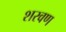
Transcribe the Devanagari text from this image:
शरवण